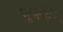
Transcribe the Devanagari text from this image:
धूर्जटि